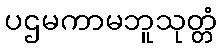
ပဌမကာမဘူသုတ္တံ